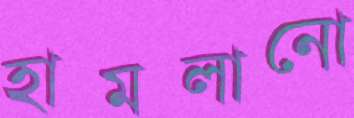
হামলানো